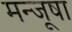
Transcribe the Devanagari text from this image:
मन्जूषा